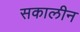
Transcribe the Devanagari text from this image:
सकालीन